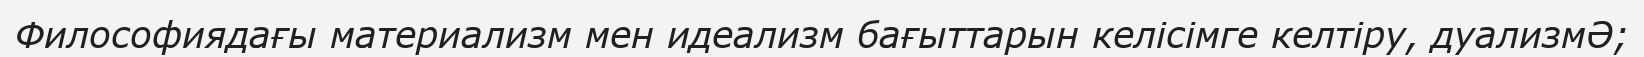
Философиядағы материализм мен идеализм бағыттарын келісімге келтіру, дуализмӘ;